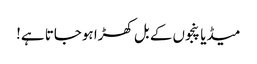
میڈیا پنجوں کے بل کھڑا ہوجاتا ہے!